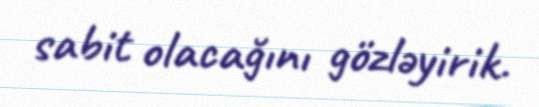
sabit olacağını gözləyirik.